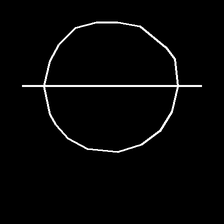
Glyph: orb